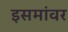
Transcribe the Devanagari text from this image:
इसमांवर